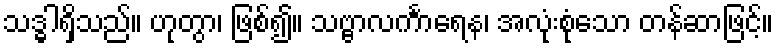
သဒ္ဓါရှိသည်။ ဟုတွာ၊ ဖြစ်၍။ သဗ္ဗာလင်္ကာရေန၊ အလုံးစုံသော တန်ဆာဖြင့်။